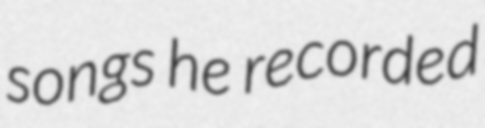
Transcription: songs he recorded